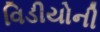
વિડીયોની